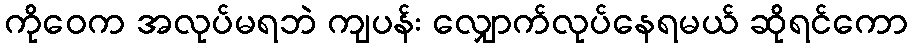
ကိုဝေက အလုပ်မရဘဲ ကျပန်း လျှောက်လုပ်နေရမယ် ဆိုရင်ကော